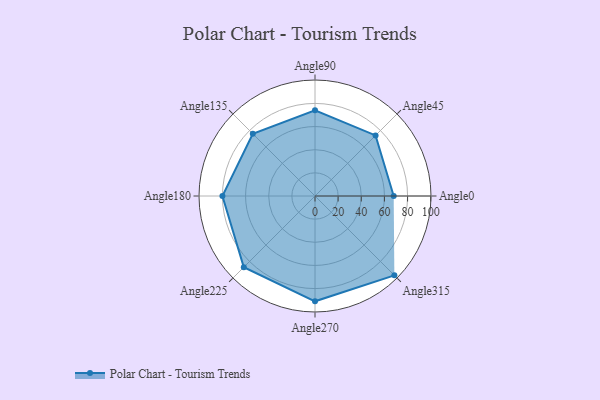
{"axis": {"x": "Angle", "y": "Radius"}, "legend": [""], "data": [{"x": "Angle0", "y": 68.0, "type": ""}, {"x": "Angle45", "y": 74.0, "type": ""}, {"x": "Angle90", "y": 74.0, "type": ""}, {"x": "Angle135", "y": 76.0, "type": ""}, {"x": "Angle180", "y": 80.0, "type": ""}, {"x": "Angle225", "y": 87.0, "type": ""}, {"x": "Angle270", "y": 91.0, "type": ""}, {"x": "Angle315", "y": 97.0, "type": ""}]}